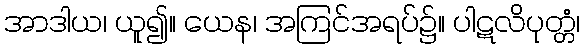
အာဒါယ၊ ယူ၍။ ယေန၊ အကြင်အရပ်၌။ ပါဋလိပုတ္တံ၊